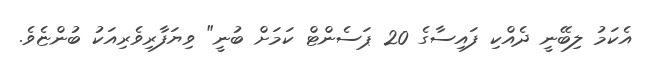
އެކަމު ލިބޭނީ ދެއްކި ފައިސާގެ 20 ޕަސެންޓް ކަމަށް ބުނީ" ވިޔަފާރިވެރިއަކު ބުންޏެވެ.